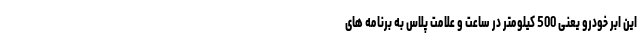
این ابر خودرو یعنی 500 کیلومتر در ساعت و علامت پلاس به برنامه های